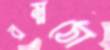
রম্নঠো